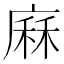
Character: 𢊆